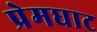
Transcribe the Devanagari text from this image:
प्रेमघाट